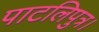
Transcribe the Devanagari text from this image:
पाटलिपुत्र।